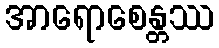
အာရောစေန္တဿ